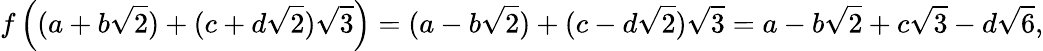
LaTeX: f\left((a+b{\sqrt{2}})+(c+d{\sqrt{2}}){\sqrt{3}}\right)=(a-b{\sqrt{2}})+(c-d{\sqrt{2}}){\sqrt{3}}=a-b{\sqrt{2}}+c{\sqrt{3}}-d{\sqrt{6}},